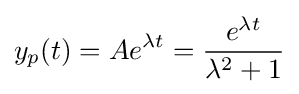
y_{p}(t)=Ae^{\lambda t}={\frac {e^{\lambda t}}{\lambda ^{2}+1}}